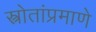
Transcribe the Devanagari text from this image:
स्त्रोतांप्रमाणे